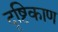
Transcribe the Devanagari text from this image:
दृष्टिकाण